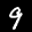
Label: 9